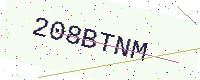
Text: 208BTNM